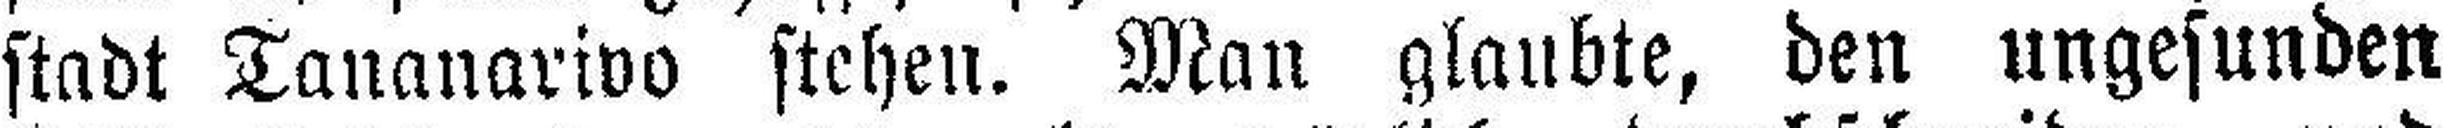
stadt Tananarivo stehen. Man glaubte, den ungesunden